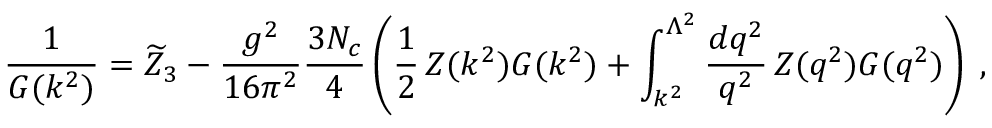
\frac { 1 } { G ( k ^ { 2 } ) } = \widetilde { Z } _ { 3 } - \frac { g ^ { 2 } } { 1 6 \pi ^ { 2 } } \frac { 3 N _ { c } } { 4 } \left( \frac { 1 } { 2 } \, Z ( k ^ { 2 } ) G ( k ^ { 2 } ) + \int _ { k ^ { 2 } } ^ { \Lambda ^ { 2 } } \frac { d q ^ { 2 } } { q ^ { 2 } } \, Z ( q ^ { 2 } ) G ( q ^ { 2 } ) \right) \; ,